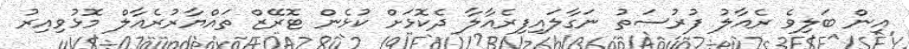
އިން ބަލިވެ ރެއާލު ފުރުސަތު ނަގާލައިފިރެއާލާ ދެކޮޅަށް ކުޅެން ޓޮރޭޒް ތައްޔާރުރެއާލް މޮޅުވިއިރު